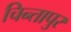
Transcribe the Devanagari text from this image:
चिन्तापुर